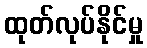
ထုတ်လုပ်နိုင်မှု